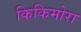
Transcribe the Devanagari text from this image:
किकिमोरा